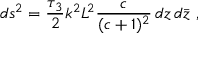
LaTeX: d s ^ { 2 } = { \frac { \tau _ { 3 } } { 2 } } k ^ { 2 } L ^ { 2 } { \frac { c } { ( c + 1 ) ^ { 2 } } } \, d z \, d \bar { z } \ ,